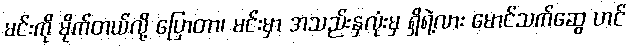
မင်းကို မိုက်တယ်လို့ ပြောတာ၊ မင်းမှာ အသည်းနှလုံးမှ ရှိရဲ့လား မောင်သက်ဆွေ ဟင်